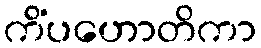
ကိံပဟောတိကာ